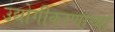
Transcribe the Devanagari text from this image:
उद्योगीकरणाच्या